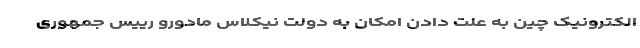
الکترونیک چین به علت دادن امکان به دولت نیکلاس مادورو رییس جمهوری